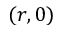
( r , 0 )